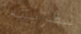
نظريته